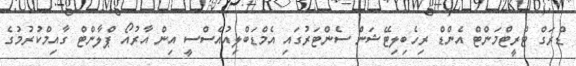
ޑްރަގް ޓްރީޓްމަންޓް އެންޑް ރިހެބިލިޓޭޝަން ސެންޓަރުގައި އެމްޑަބްލިއުއެސްސީ އިން އާރުއޯ ޕްލާންޓް ގާއިމްކުރުމުގެ